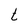
Character: t